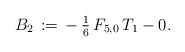
\begin{align*}B_2\,:=\,-\,\tfrac{1}{6}\,F_{5,0}\,T_1-0.\end{align*}